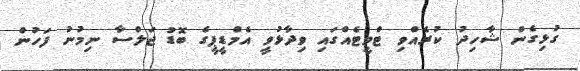
ގުޅިގެން ޝާހިދު ކުރެއްވި ޓްވީޓެއްގައި ވިދާޅުވީ އެމްޑީޕީގެ ބޮޑު ޖަލްސާ ނިމުނު ފަހުން